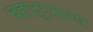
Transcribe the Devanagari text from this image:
बहादुरसागर